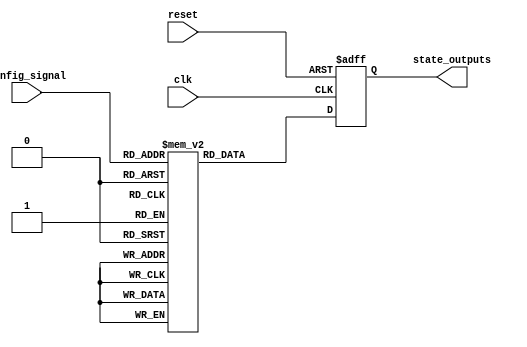
module ConfigurableInitialConditions #(
    parameter NUM_OUTPUTS = 8, // Number of output signals
    parameter INIT_DEFAULT = 8'b00000000 // Default initialization value upon reset
)(
    input  wire [3:0] config_signal, // Config Signal (4-bit, can be adapted as needed)
    input  wire clk,                 // Clock Signal
    input  wire reset,               // Reset Signal
    output reg  [NUM_OUTPUTS-1:0] state_outputs // State Outputs
);

    // Internal register to hold the initial conditions based on config_signal
    reg [NUM_OUTPUTS-1:0] initial_conditions [15:0]; // Assuming 16 different config states

    // Initialize the conditions for various configurations
    initial begin
        initial_conditions[0] = 8'b00000000; // Config 0
        initial_conditions[1] = 8'b00000001; // Config 1
        initial_conditions[2] = 8'b00000010; // Config 2
        initial_conditions[3] = 8'b00000011; // Config 3
        initial_conditions[4] = 8'b00000100; // Config 4
        initial_conditions[5] = 8'b00000101; // Config 5
        initial_conditions[6] = 8'b00000110; // Config 6
        initial_conditions[7] = 8'b00000111; // Config 7
        initial_conditions[8] = 8'b00001000; // Config 8
        initial_conditions[9] = 8'b00001001; // Config 9
        initial_conditions[10] = 8'b00001010; // Config 10
        initial_conditions[11] = 8'b00001011; // Config 11
        initial_conditions[12] = 8'b00001100; // Config 12
        initial_conditions[13] = 8'b00001101; // Config 13
        initial_conditions[14] = 8'b00001110; // Config 14
        initial_conditions[15] = 8'b00001111; // Config 15
    end

    // Combinational process for state management
    always @(posedge clk or posedge reset) begin
        if (reset) begin
            state_outputs <= INIT_DEFAULT; // Set to default state on reset
        end else begin
            state_outputs <= initial_conditions[config_signal]; // Set according to config_signal
        end
    end

endmodule